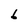
Character: 6